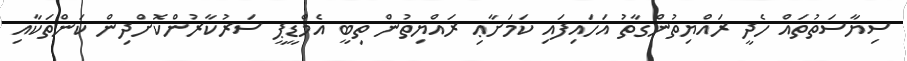
ސިޔާސަތުތައް ހެދީ ރައްޔިތުންގާތު އަހައިފައި ކަމަށާޢި ރައްޔިތުން ތިބީ އެމްޑީޕީ ސަރުކާރުންކޮށްދިން ކަންތަކާއި